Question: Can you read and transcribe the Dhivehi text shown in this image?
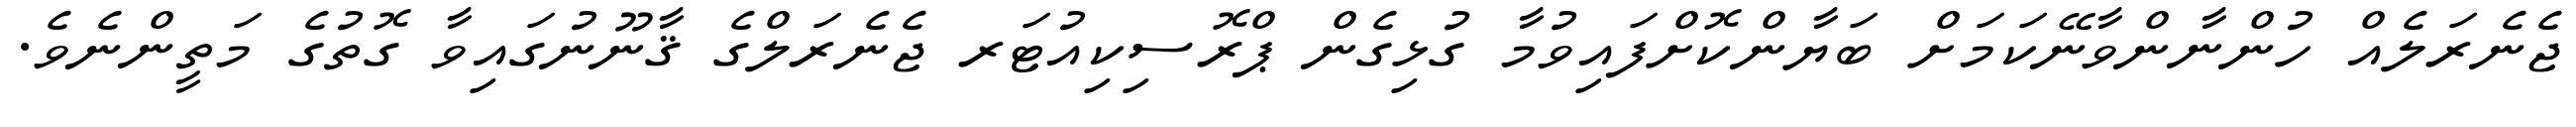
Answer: ޖެނެރަލެއް ހުންނާންވާނޭކަމަށް ބަޔާންކޮށްފައިވުމާ ގުޅިގެން ޕްރޮސިކިއުޓަރ ޖެނެރަލްގެ ޤާނޫނުގައިވާ ގޮތުގެ މަތީންނެވެ.